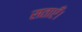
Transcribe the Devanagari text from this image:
सताएँ।